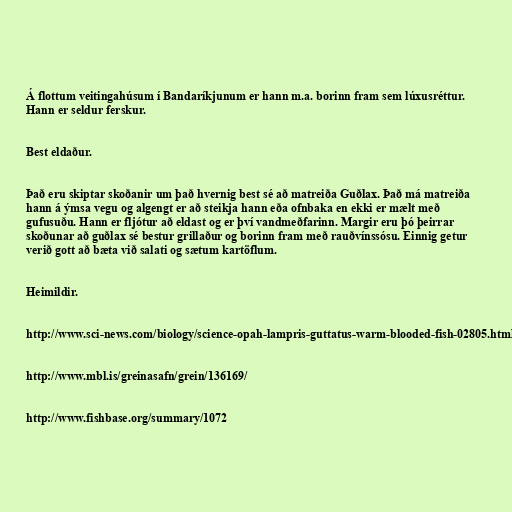
Á flottum veitingahúsum í Bandaríkjunum er hann m.a. borinn fram sem lúxusréttur.
Hann er seldur ferskur.

Best eldaður.

Það eru skiptar skoðanir um það hvernig best sé að matreiða Guðlax. Það má matreiða
hann á ýmsa vegu og algengt er að steikja hann eða ofnbaka en ekki er mælt með
gufusuðu. Hann er fljótur að eldast og er því vandmeðfarinn. Margir eru þó þeirrar
skoðunar að guðlax sé bestur grillaður og borinn fram með rauðvínssósu. Einnig getur
verið gott að bæta við salati og sætum kartöflum.

Heimildir.

http://www.sci-news.com/biology/science-opah-lampris-guttatus-warm-blooded-fish-02805.html

http://www.mbl.is/greinasafn/grein/136169/

http://www.fishbase.org/summary/1072